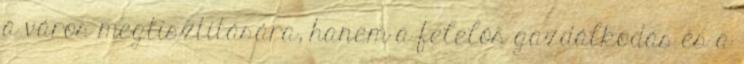
a város megtisztítására, hanem a felelős gazdálkodás és a